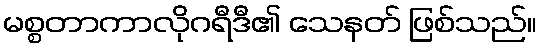
မစ္စတာကာလိုဂရီဒီ၏ သေနတ် ဖြစ်သည်။